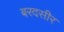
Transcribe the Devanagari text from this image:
बरदसीर